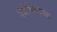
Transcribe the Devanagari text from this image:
वैशेषिकदर्पण